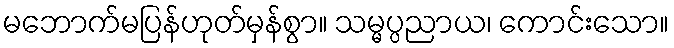
မဘောက်မပြန်ဟုတ်မှန်စွာ။ သမ္မပ္ပညာယ၊ ကောင်းသော။